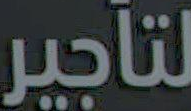
لتأجير